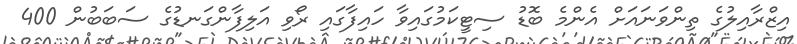
އިޒްރާއިލުގެ ތިންވަނައަށް އެންމެ ބޮޑު ސިޓީކަމުގައިވާ ހައިފާގައި ރޯވި އަލިފާންގަނޑުގެ ސަބަބުން 400